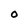
Character: O